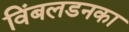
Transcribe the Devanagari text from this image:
विंबलडनका